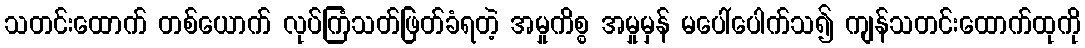
သတင်းထောက် တစ်ယောက် လုပ်ကြံသတ်ဖြတ်ခံရတဲ့ အမှုကိစ္စ အမှုမှန် မပေါ်ပေါက်သ၍ ကျန်သတင်းထောက်ထုကို